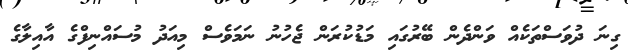
ގިނަ ދުވަސްތަކެއް ވަންދެން ބޭރުގައި މަޑުކުރަން ޖެހުނު ނަމަވެސް މިއަދު މުސައްނިފްގެ އާއިލާގެ